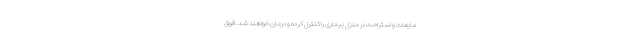
مایعات و استراحت در منزل بیماری را کنترل کرده و درمان خواهند شد. فوق